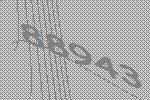
88943